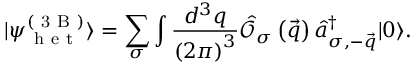
| \psi _ { \mathrm { ~ h ~ e ~ t ~ } } ^ { \left( \mathrm { ~ 3 ~ B ~ } \right) } \rangle = \sum _ { \sigma } \int \frac { d ^ { 3 } q } { \left( 2 \pi \right) ^ { 3 } } \hat { \mathcal { O } } _ { \sigma } \left( \vec { q } \right) \hat { a } _ { \sigma , - \vec { q } } ^ { \dagger } | 0 \rangle .